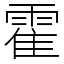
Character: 霍